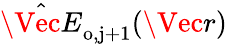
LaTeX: \hat{\Vec{E}}_{\mathrm{o,j+1}}(\Vec{r})